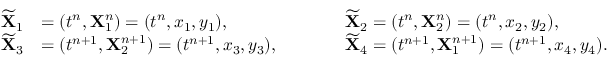
\begin{array} { r l r l r } { \widetilde { \mathbf { X } } _ { 1 } } & { = ( t ^ { n } , \mathbf { X } _ { 1 } ^ { n } ) = ( t ^ { n } , x _ { 1 } , y _ { 1 } ) , } & { \qquad } & { \widetilde { \mathbf { X } } _ { 2 } = ( t ^ { n } , \mathbf { X } _ { 2 } ^ { n } ) = ( t ^ { n } , x _ { 2 } , y _ { 2 } ) , } & \\ { \widetilde { \mathbf { X } } _ { 3 } } & { = ( t ^ { n + 1 } , \mathbf { X } _ { 2 } ^ { n + 1 } ) = ( t ^ { n + 1 } , x _ { 3 } , y _ { 3 } ) , } & { \qquad } & { \widetilde { \mathbf { X } } _ { 4 } = ( t ^ { n + 1 } , \mathbf { X } _ { 1 } ^ { n + 1 } ) = ( t ^ { n + 1 } , x _ { 4 } , y _ { 4 } ) . } & \end{array}